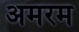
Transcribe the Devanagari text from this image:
अमरम